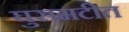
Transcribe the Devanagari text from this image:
घुसमटीत